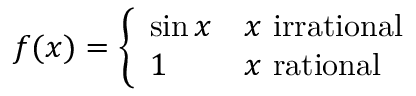
f ( x ) = { \left\{ \begin{array} { l l } { \sin x } & { x { \mathrm { ~ i r r a t i o n a l ~ } } } \\ { 1 } & { x { \mathrm { ~ r a t i o n a l ~ } } } \end{array} \right. }